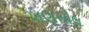
ખણસોલ